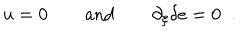
LaTeX: u = 0 \qquad \mathrm { a n d } \qquad \partial _ { \xi } \delta e = 0 \; \; .